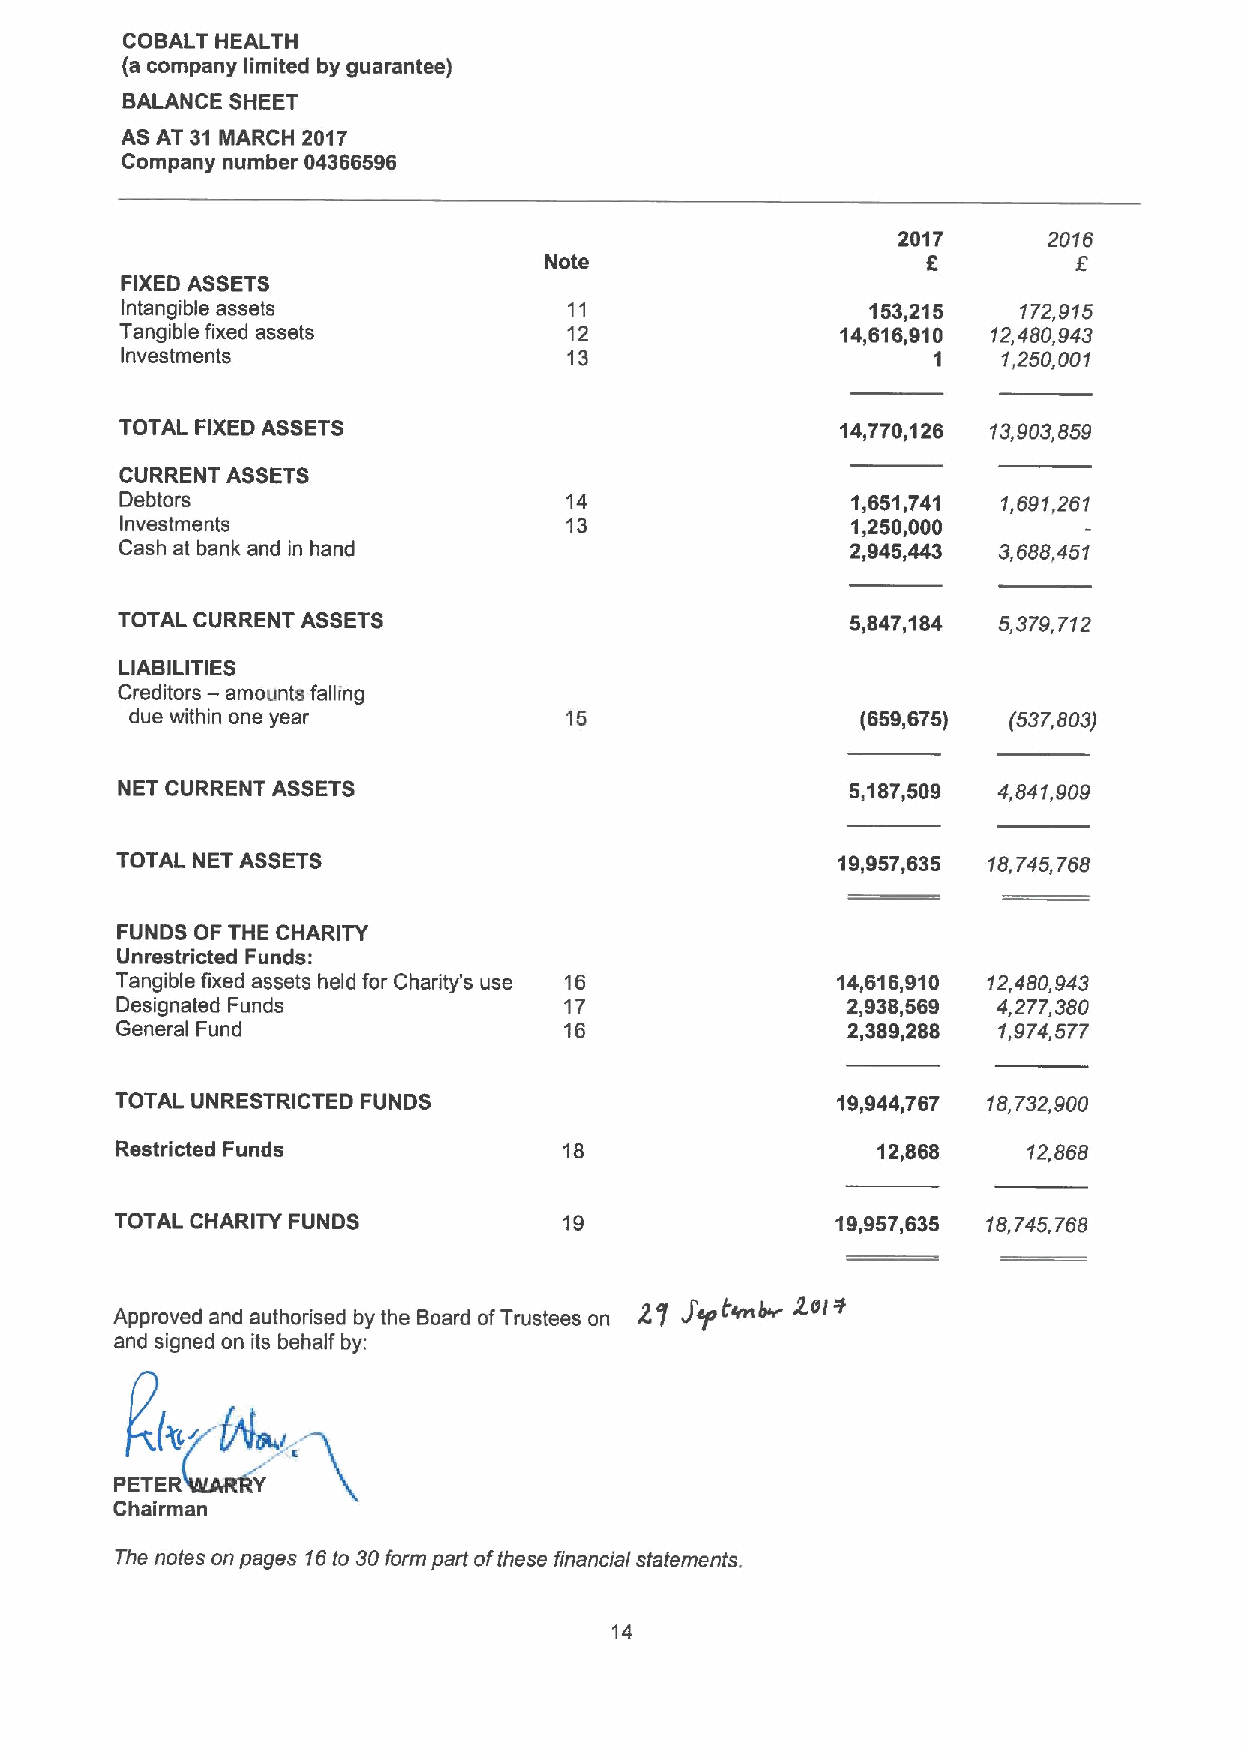
COBALT HEALTH
 (a company limited by guarantee)
 BALANCE SHEET
 AS AT 31 MARCH 2017
 Company number 04366596
 2017      2016
 Note                     E
 FIXEDASSETS
 Intangible assets             11                  153,215   172,915
 Tangible fixed assets         12                14,616,910 12,480,943
 Investments                   13                      1   1,250,001
 TOTAL FIXEDASSETS                               14,770,126 13,903,859
 CURRENT ASSETS
 Debtors                      14                 1,651,741 1,691,261
 Investments                  13                 1,250,000
 Cash at bank and in hand                        2,945,443 3,688,451
 TOTAL CURRENT ASSETS                            5,847,184 5,379,712
 LIABILITIES
 —
 Creditors amounts falling
 due within one year         15                  (659,675) (537,803)
 NET CURRENT ASSETS                              5,187,509 4,841,909
 TOTAL NET ASSETS                               19,957,635 18,745,768
 FUNDS OF THE CHARITY
 Unrestricted Funds:
 Tangible fixed assets held for Charity's use 16 14,616,910 12,480,943
 Designated Funds             17                 2,938,569 4,277,380
 General Fund                 16                 2,389,288 1,974,577
 TOTAL UNRESTRICTED FUNDS                       19,944,767 18,732,900
 Restricted Funds             18                   12,868    12,868
 TOTAL CHARITY FUNDS          19                19,957,635 18,745,768
 Let"
 (enb
 Approved and authorised by the Board ofTrustees on
 and signed on its behalf by:
 (~.
 Chairman
 The notes on pages 16to 30form part ofthese financial statements.
 14